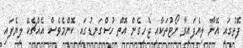
ފޮތުގައި އޭނާ ލިޔެފައިވާ ނޯޓުތަކާއި ޖެހިގެން އޮތް ހުސްގަނޑުގައި ކޮންމެވެސް އެއްޗެކޭ ލިޔެފައި